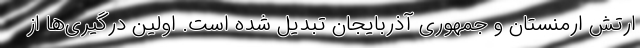
ارتش ارمنستان و جمهوری آذربایجان تبدیل شده است. اولین درگیری‌ها از